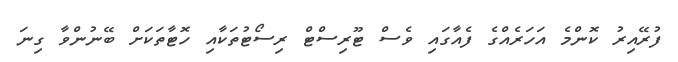
ފުރޭއިރު ކޮންމެ އަހަރެއްގެ ފެއާގައި ވެސް ޓޫރިސްޓް ރިސޯޓުތަކާއި ހޮޓާތަކަށް ބޭނުންވާ ގިނަ